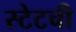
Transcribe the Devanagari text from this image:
स्टेटची